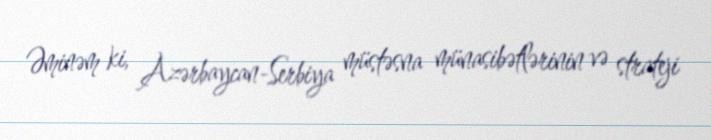
Əminəm ki, Azərbaycan-Serbiya müstəsna münasibətlərinin və strateji